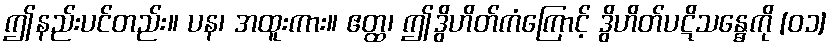
ဤနည်းပင်တည်း။ ပန၊ အထူးကား။ ဧတ္ထ၊ ဤဒွိဟိတ်ကံကြောင့် ဒွိဟိတ်ပဋိသန္ဓေကို [၀၁]